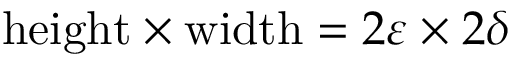
{ \mathrm { h e i g h t } } \times { \mathrm { w i d t h } } = 2 \varepsilon \times 2 \delta